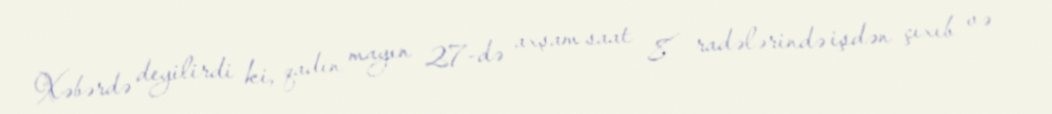
Xəbərdə deyilirdi ki, qadın mayın 27-də axşam saat 8 radələrində işdən çıxıb və